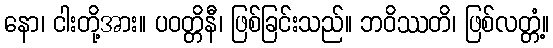
နော၊ ငါးတို့အား။ ပဝတ္တိနီ၊ ဖြစ်ခြင်းသည်။ ဘဝိဿတိ၊ ဖြစ်လတ္တံ့။